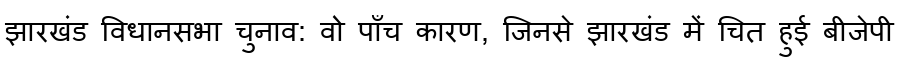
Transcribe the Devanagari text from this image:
झारखंड विधानसभा चुनाव: वो पाँच कारण, जिनसे झारखंड में चित हुई बीजेपी